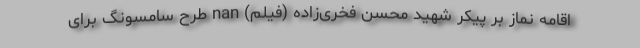
اقامه نماز بر پیکر شهید محسن فخری‌زاده (فیلم) nan طرح سامسونگ برای